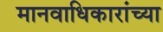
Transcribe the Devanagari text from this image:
मानवाधिकारांच्या